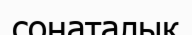
сонаталық